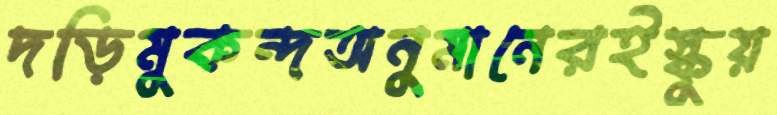
দড়িমুকন্দঅনুমানেরইস্কুয়